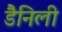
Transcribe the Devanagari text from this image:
डैनिली